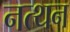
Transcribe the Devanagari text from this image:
नत्थन